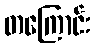
တကြောင်း